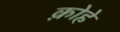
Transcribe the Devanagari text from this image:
क़ोहे